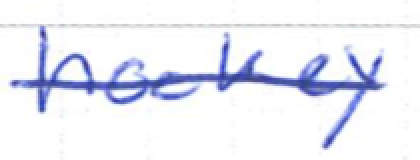
Text: hockey
Cross-out: single-line
Writing tool: ballpoint